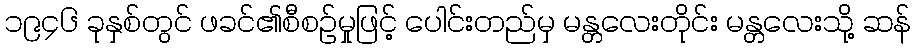
၁၉၄၆ ခုနှစ်တွင် ဖခင်၏စီစဉ်မှုဖြင့် ပေါင်းတည်မှ မန္တလေးတိုင်း မန္တလေးသို့ ဆန်